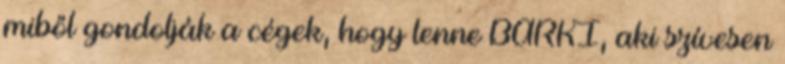
miből gondolják a cégek, hogy lenne BÁRKI, aki szívesen